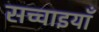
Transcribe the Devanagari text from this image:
सच्चाइयाँ